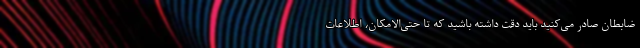
ضابطان صادر می‌کنید باید دقت داشته باشید که تا حتی‌الامکان، اطلاعات